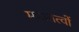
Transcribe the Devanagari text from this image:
महातत्वों